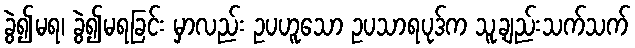
ခွဲ၍မရ၊ ခွဲ၍မရခြင်း မှာလည်း ဥပဟူသော ဥပသာရပုဒ်က သူ့ချည်းသက်သက်